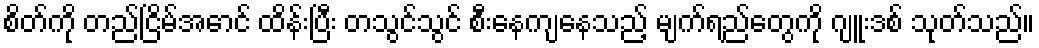
စိတ်ကို တည်ငြိမ်အောင် ထိန်းပြီး တသွင်သွင် စီးနေကျနေသည့် မျက်ရည်တွေကို ဂျူးဒစ် သုတ်သည်။